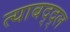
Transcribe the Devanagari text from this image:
त्याबद्द्ल